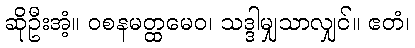
ဆိုဦးအံ့။ ဝစနမတ္ထမေဝ၊ သဒ္ဒါမျှသာလျှင်။ ဧတံ၊